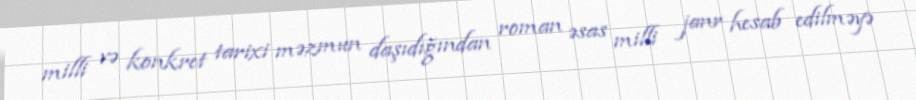
milli və konkret tarixi məzmun daşıdığından roman əsas milli janr hesab edilməyə